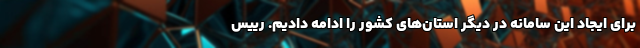
برای ایجاد این سامانه در دیگر استان‌های کشور را ادامه دادیم. رییس